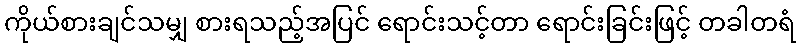
ကိုယ်စားချင်သမျှ စားရသည့်အပြင် ရောင်းသင့်တာ ရောင်းခြင်းဖြင့် တခါတရံ